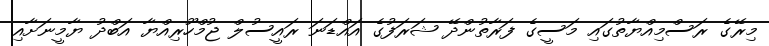
މިރޭގެ ރަސްމިއްޔާތުގައި މަސީގެ ފަރާތުންދޭ ޝަރަފުގެ އައްޑަނަ ރައީސުލް ޖުމްހޫރިއްޔާ އަބްދު ޔާމީނަށާއި